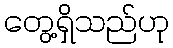
တွေ့ရှိသည်ဟု